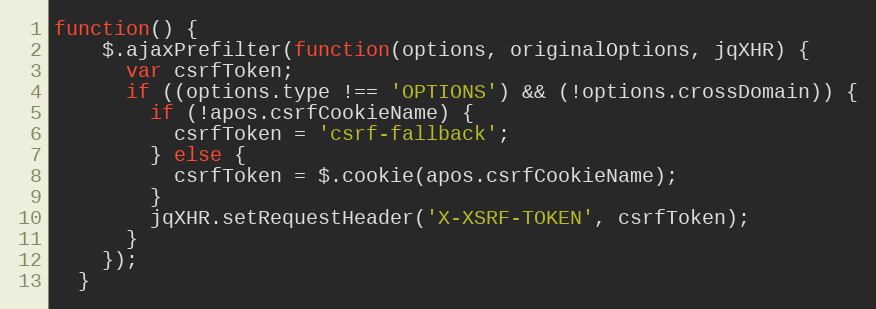
Language: JavaScript
function() {
    $.ajaxPrefilter(function(options, originalOptions, jqXHR) {
      var csrfToken;
      if ((options.type !== 'OPTIONS') && (!options.crossDomain)) {
        if (!apos.csrfCookieName) {
          csrfToken = 'csrf-fallback';
        } else {
          csrfToken = $.cookie(apos.csrfCookieName);
        }
        jqXHR.setRequestHeader('X-XSRF-TOKEN', csrfToken);
      }
    });
  }